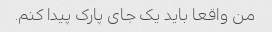
من واقعا باید یک جای پارک پیدا کنم.